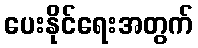
ပေးနိုင်ရေးအတွက်